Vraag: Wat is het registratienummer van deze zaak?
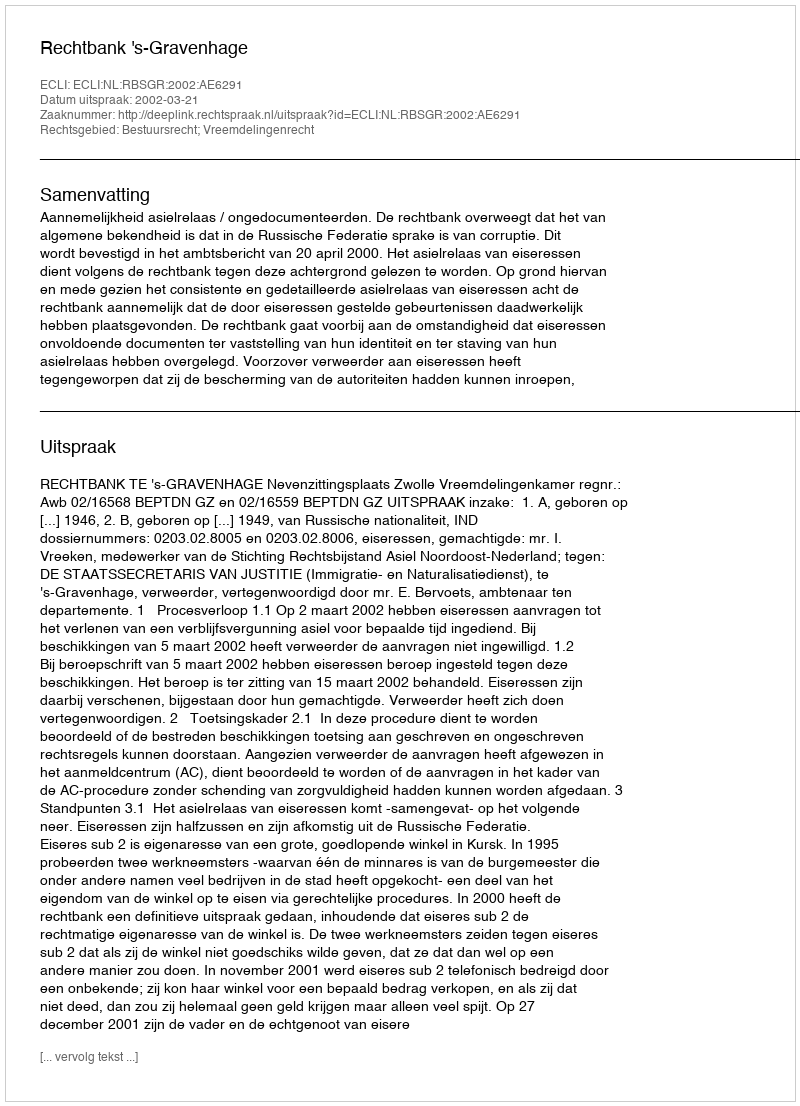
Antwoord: http://deeplink.rechtspraak.nl/uitspraak?id=ECLI:NL:RBSGR:2002:AE6291